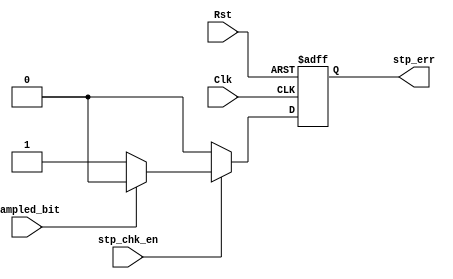
module StopCheck (
input  wire Clk,
input  wire Rst,
input  wire sampled_bit,
input  wire stp_chk_en,
output reg stp_err
);

always @ (posedge Clk or negedge Rst)
    begin
        if (!Rst)
            stp_err <= 1'b0;
        else if (stp_chk_en)
            begin
                if (sampled_bit == 1'b0)
                    stp_err <= 1'b1;
                else 
                    stp_err <= 1'b0;
            end
        else 
            stp_err <= 1'b0;
    end

endmodule